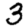
Digit: 3